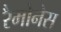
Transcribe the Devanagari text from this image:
रैमोनेस